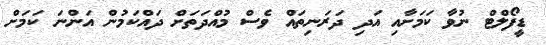
ޑީފޯލްޓް ނުވާ ކަމަށާއި އަދި ދަރަނިތައް ވެސް މުއްދަތަށް ދައްކަމުން އަންނަ ކަމަށް